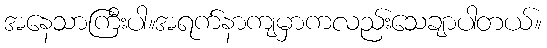
အနေသာကြီးပါ။အရက်နာကျမှာကလည်းသေချာပါတယ်။